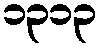
၁၃၁၃